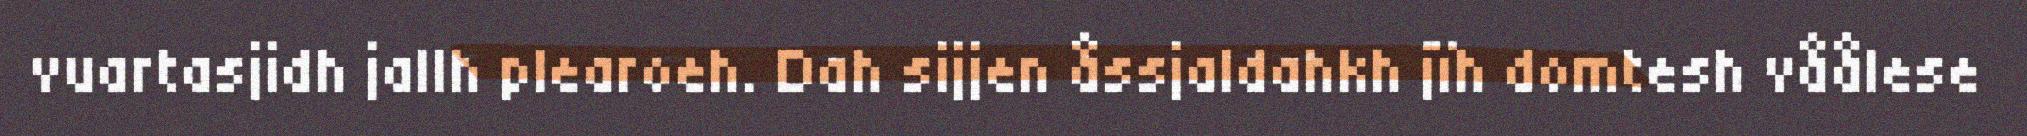
vuartasjidh jallh plearoeh. Dah sijjen åssjaldahkh jïh domtesh våålese